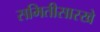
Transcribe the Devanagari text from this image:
समितीसारखे